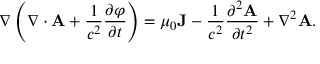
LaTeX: \nabla \left( \nabla \cdot \mathbf { A } + { \frac { 1 } { c ^ { 2 } } } { \frac { \partial \varphi } { \partial t } } \right) = \mu _ { 0 } \mathbf { J } - { \frac { 1 } { c ^ { 2 } } } { \frac { \partial ^ { 2 } \mathbf { A } } { \partial t ^ { 2 } } } + \nabla ^ { 2 } \mathbf { A } .